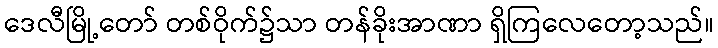
ဒေလီမြို့တော် တစ်ဝိုက်၌သာ တန်ခိုးအာဏာ ရှိကြလေတော့သည်။